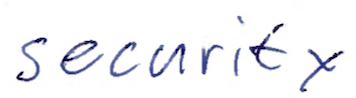
Text: security
Cross-out: clean
Writing tool: ballpoint